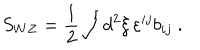
S _ { W Z } = { \frac { 1 } { 2 } } \int d ^ { 2 } \xi \, \varepsilon ^ { i j } b _ { i j } \ .